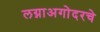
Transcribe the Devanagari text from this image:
लग्नाअगोदरचे